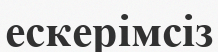
ескерімсіз